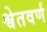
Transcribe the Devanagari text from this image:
श्वेतवर्णं